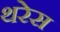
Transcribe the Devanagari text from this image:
थरेस